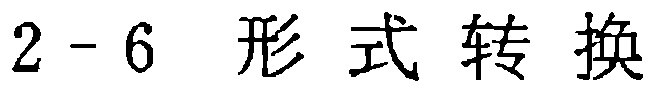
$2 - 6\quad 形式转换$